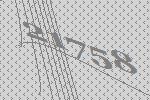
21758